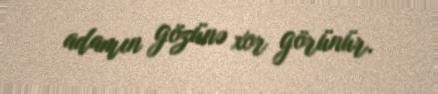
adamın gözünə xor görünür.